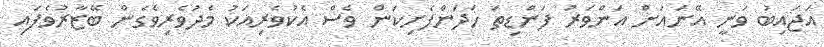
އަޖައިބު ވަނީ އޭނައަށް އަންވަރު ފަންޑިތަ ހަދަންފެށިކަން ވެސް އެކުވެރިއަކު މެދުވެރިވެގެން ބޭޒާރުވެފައި